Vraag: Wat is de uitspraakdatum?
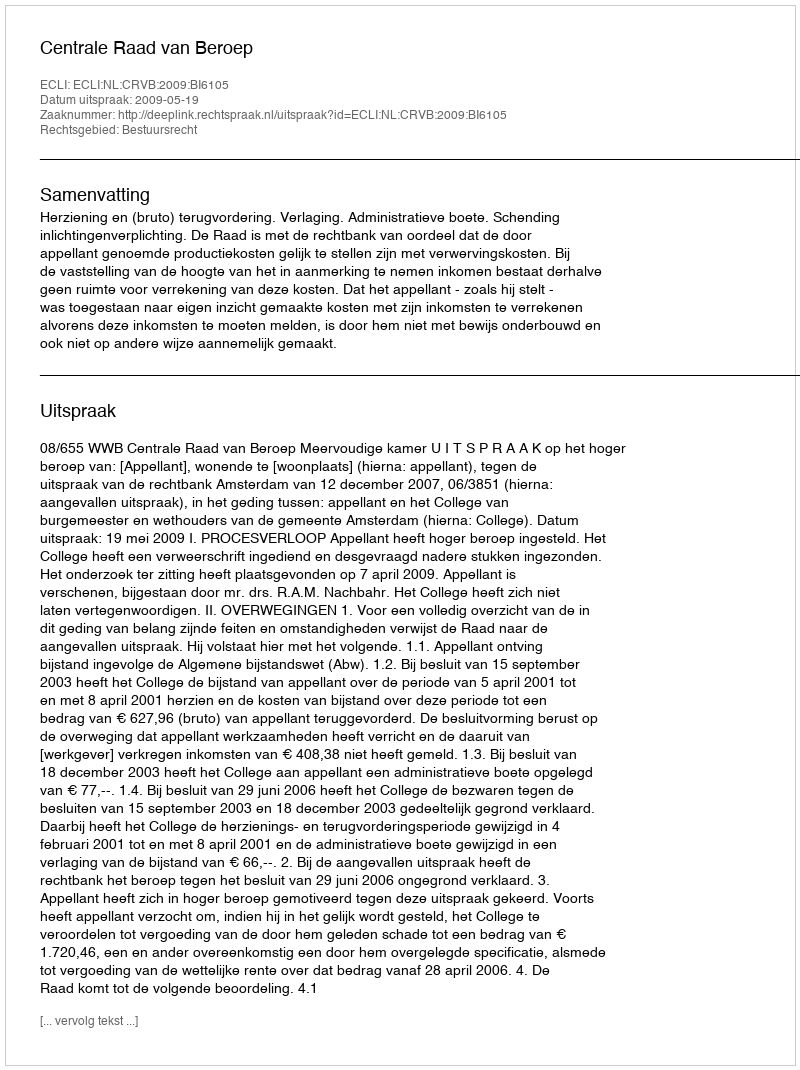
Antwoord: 2009-05-19